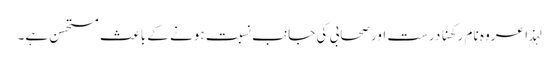
لہذا عروہ نام رکھنا درست اورصحابی کی جانب نسبت ہونے کے باعث مستحسن ہے۔